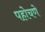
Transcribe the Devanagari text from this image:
पहोचणे